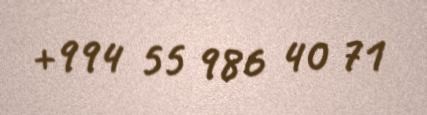
+994 55 986 40 71